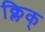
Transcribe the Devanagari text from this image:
क्लिक्